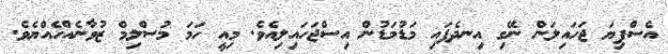
އެސްފިޔަ ޖަހައިލަން ނޭގި އިނދެފައި މަޑުމަޑުން އިސްޖަހައިލިއެވެ. މިއީ ހަމަ މުސްލިމް ޒުވާނެއްހެއްޔެވެ.